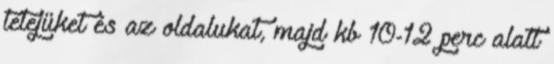
tetejüket és az oldalukat, majd kb 10-12 perc alatt